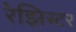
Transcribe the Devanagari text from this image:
रेझिस्टर